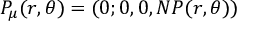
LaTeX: P _ { \mu } ( r , \theta ) = ( 0 ; 0 , 0 , N P ( r , \theta ) )